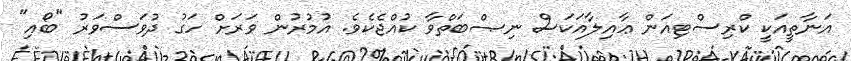
އަނާތީއަކީ ކްރިސްޓިއަން ޢާއިލާއަކަސް ނިޞްބަތްވާ ކުއްޖެކެވެ. އުމުރުން ވަރަށް ހަގު ދުވަސްވަރު "ބޯއި"